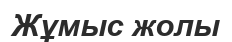
Жұмыс жолы